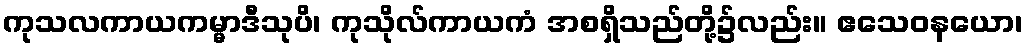
ကုသလကာယကမ္မာဒီသုပိ၊ ကုသိုလ်ကာယကံ အစရှိသည်တို့၌လည်း။ ဧသေဝနယော၊